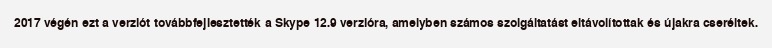
2017 végén ezt a verziót továbbfejlesztették a Skype 12.9 verzióra, amelyben számos szolgáltatást eltávolítottak és újakra cseréltek.